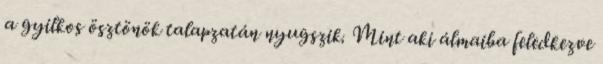
a gyilkos ösztönök talapzatán nyugszik. Mint aki álmaiba feledkezve